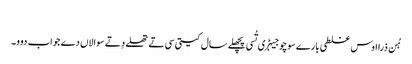
‏
ہُن ذرا اوس غلطی بارے سوچو جیہڑ‌ی تُسی پچھلے سال کیتی سی تے تھلے دِتے سوالاں دے جواب دوو۔